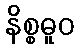
နိစ္စဓူဝ